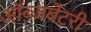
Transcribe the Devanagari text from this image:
ऑब्जर्बेटरी